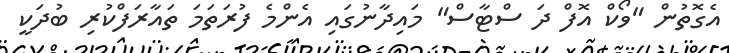
އެގޮތުން "ވޯކް އޮފް ދަ ސްޓާސް" މައިދާނުގައި އެންމެ ފުރަތަމަ ތައާރަފްކުރި ބުދަކީ